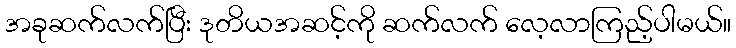
အခုဆက်လက်ပြီး ဒုတိယအဆင့်ကို ဆက်လက် လေ့လာကြည့်ပါမယ်။